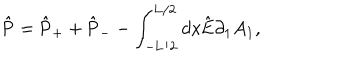
\hat { \mathrm { P } } = \hat { \mathrm { P } } _ { + } + \hat { \mathrm { P } } _ { - } - \int _ { - \mathrm { L } / 2 } ^ { \mathrm { L } / 2 } d x \hat { \mathrm { E } } { \partial _ { 1 } } A _ { 1 } ,